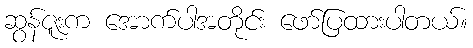
ဆွန်ဇူးက အောက်ပါအတိုင်း ဖော်ပြထားပါတယ်။